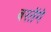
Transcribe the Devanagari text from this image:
बरतेंगे